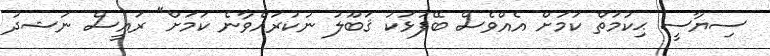
ސިޔާސީ ޙިކުމަތް ކަމަށް އެއްވެސް ބޭފުޅަކު ޤަބޫލު ނުކުރައްވާނެ ކަމަށް" ރައީސް ނަޝދު